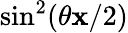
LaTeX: \sin^{2}(\theta\mathbf{x}/2)